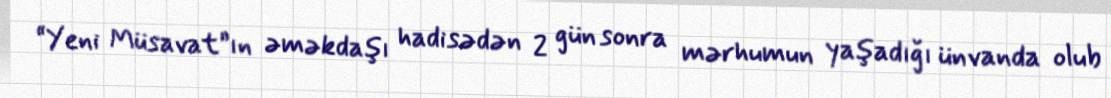
“Yeni Müsavat”ın əməkdaşı hadisədən 2 gün sonra mərhumun yaşadığı ünvanda olub